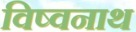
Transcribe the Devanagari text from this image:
विष्वनाथ